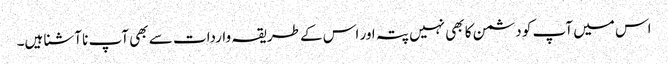
اس میں آپ کو دشمن کا بھی نہیں پتہ اور اس کے طریقہ واردات سے بھی آپ نا آشنا ہیں۔